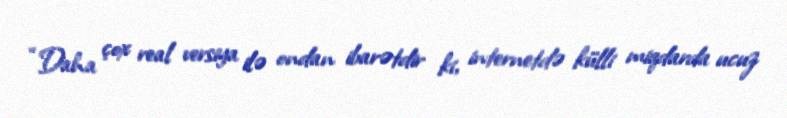
“Daha çox real versiya ilə ondan ibarətdir ki, internetdə külli miqdarda ucuz